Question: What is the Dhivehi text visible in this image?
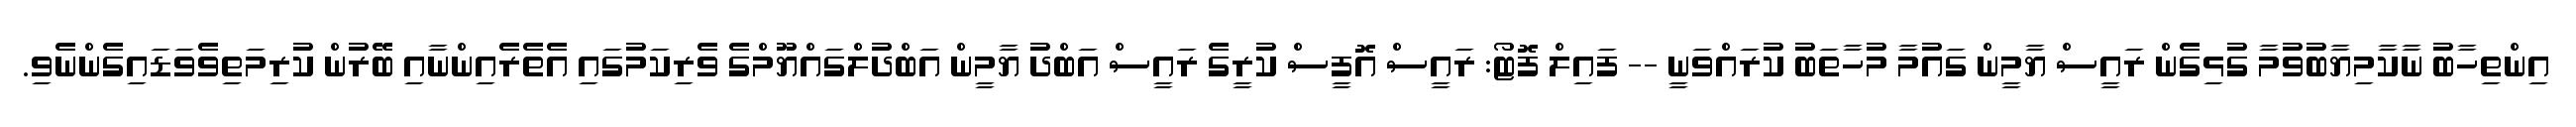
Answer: އިންތިހާބު ނާކާމިޔާބުވުމާ ގުޅިގެން ރައީސް ޔާމީން ގައުމާ މުހާތަބު ކުރައްވަނީ -- ފައިލް ފޮޓޯ: ރައީސް އޮފީސް ކުރީގެ ރައީސް އަބްދު ޔާމީން އަބްދުލްގައްޔޫމްގެ ވެރިކަމުގައި އެތެރެއިންނާއި ބޭރުން ކުރިމަތިވެވަޑައިގެންނެވި.